Uue-Poltsamaa_vallakohus, lk 69
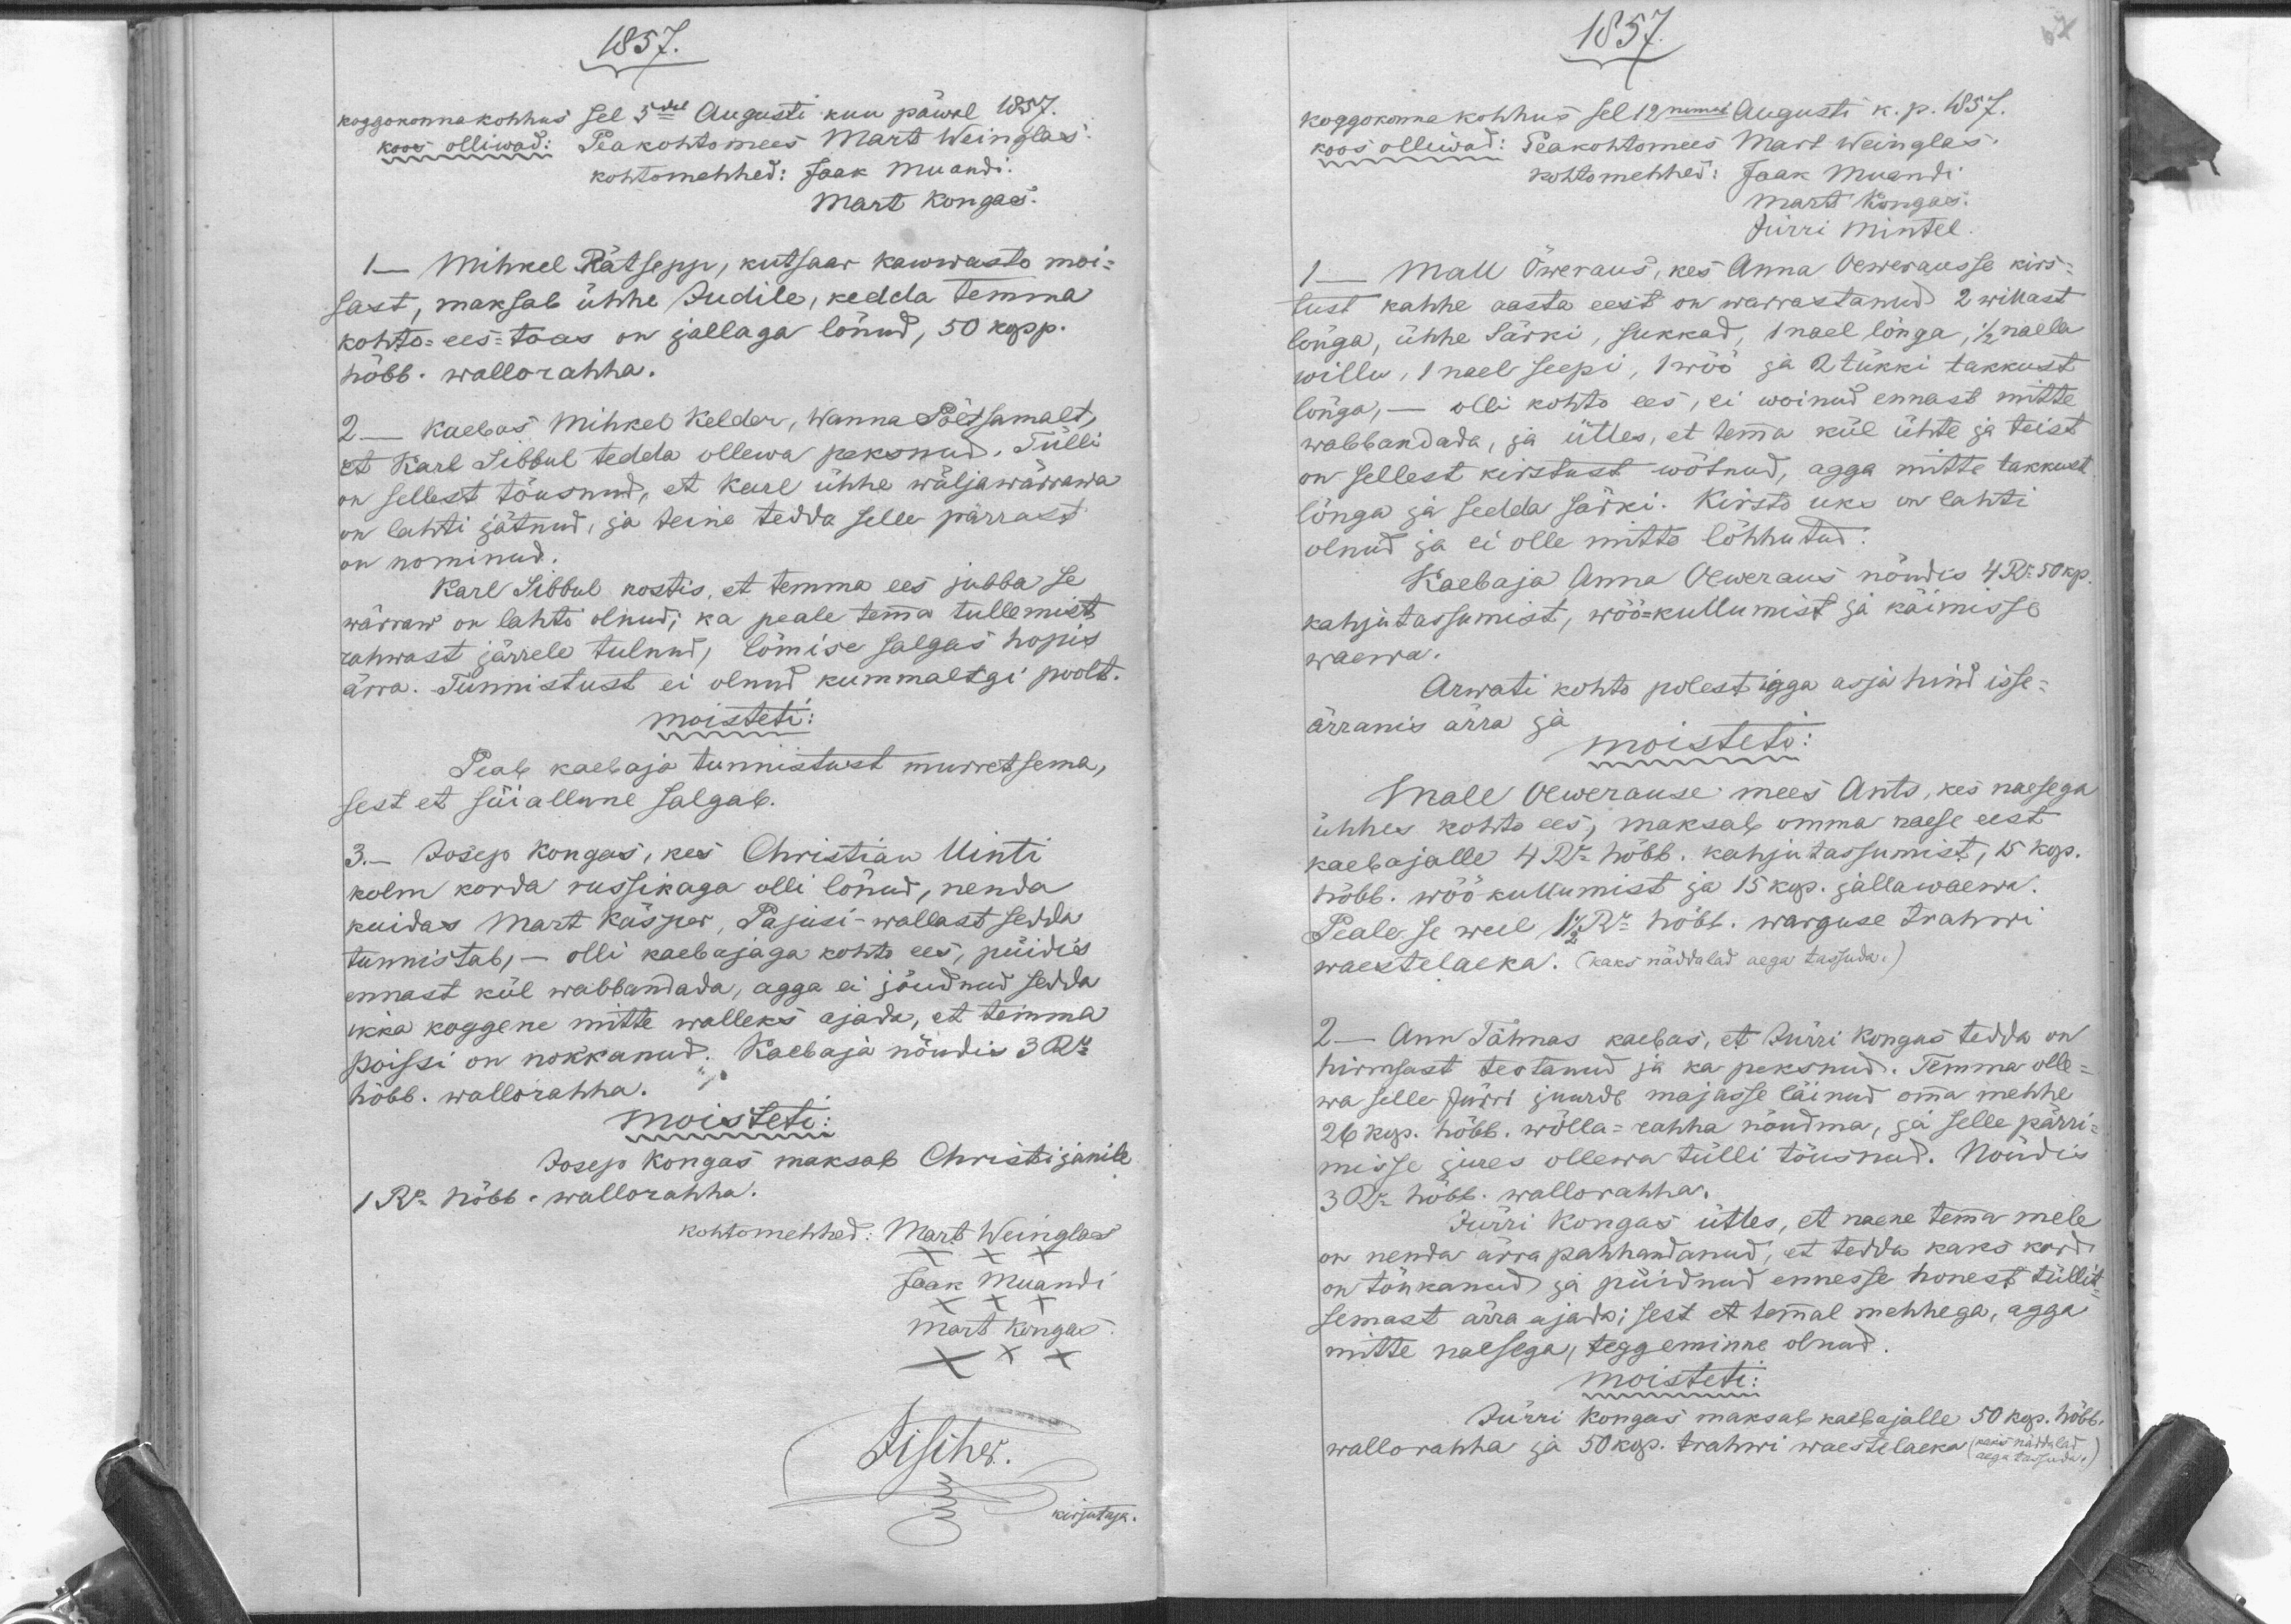
1857.
Koggokonnakohhus sel 3dal Augusti kuu päwal 1857.
koos olliwad: peakohtomees Mart Weinglas
kohtomehhed: Jaak Muandi.
Mart Kongas.
1 - Mihkel Rätsepp, kutsaar Kawwasto moi-
sast, maksab ühhe Judile, kedda temma
kohto-ees-toas on jallaga lönud, 50 kopp.
hõbb. wallorahha.
2 - Kaebas Mihhel Kelder, Wanna Põltsamalt,
et Karl Sibbul tedda ollewa peksnud. Tülli
on sellest tõusnud, et Karl ühhe wäljawärrawa
on lahti jätnud, ja teine tedda selle pärrast
on nominud.
Karl Sibbul kostis, et temma ees jubba se
wärraw on lahti olnud; ka peale temma tullemist
rahwast järrele tulnud, lömise salgas hoopis
ärra. Tunnistust ei olnud kummaltgi poolt.
moisteti:
Peab kaebaja tunnistust murretsema,
sest et süiallune salgab.
3.- Josep Kongas, kes Christian Uinti
kolm korda russikaga olli lönud, nenda
kuidas Mart Käsper, Pajusi-wallast sedda
tunnistab - olli kaebajaga kohto ees, püidis
ennast kül wabbandada, agga ei jõudnud sedda
ikka koggene mitte walleks ajada, et temma
poissi on nokkanud. Kaebaja nõudis 3 Ru
hõbb. wallorahha.
moisteti:
Josep Kongas maksab Christijanile
1 Ru hõbb. wallorahha.
kohtomehhed
Mart Weinglas
Jaak Muandi
Mart Kongas

1857.
koggokonnakohhus sel 12nemal Augusti k. p. 1857.
koos olliwad: Peakohtomees Mart Weinglas
kohtomehhed: Jaak Muandi
Mart Kongas.
Jürri Mintel
1 - Mall Öweraus, kes Anna Oewerausse kirs-
tust kahhe aasta eest on warrastanud 2 willast
lõnga, ühhe särki, sukkad, 1 nael lõnga, 1/2 naela
willu, 1 nael seepi, 1 wöö ja 2 tükki takkust
lõnga, - olli kohto ees, ei woinud ennast mitte
wabbandada, ja ütles, et temma kül ühte ja teist
on sellest kirstust wõtnud, agga mitte takkust
lõnga ja sedda särki. Kirsto uks on lahti
olnud ja ei olle mitte lõhhutud.
Kaebaja Anna Oeweraus nõudis 4Ru 50kop.
kahjutassumist, wöö-kullumist ja käimisse
waewa.
Arwati kohto polest igga asja hind isse-
ärranis ärra ja
moisteti:
Mall Oewerause mees Ants, kes naesega
ühhes kohto ees, maksab omma naese eest
kaebajalle 4 Ru hõbb. kahjutassumist, 15 kop.
hõbb. wöökullumist ja 15 kop. jallawaewa.
Peale se weel 1Ru hõbb. warguse Trahwi
waestelaeka. (kaks näddalad aega tassuda.)
2 - Ann Tähnas kaebas, et Jürri Kongas tedda on
hirmsast teotanud ja ka peksnud. Temma olle-
wa selle Jürri juurde majasse läinud omma mehhe
26 kop. hõbb. wõlla-rahha nõudma, ja selle pärri
misse jures ollewa tülli tõusnud. Nõudis
3 Ru hõbb. wallorahha.
Jürri Kongas ütles, et naene temma mele
on nenda ärra pahhandanud, et tedda kaks kord
on tõukanud ja püidnud ennesse honest tüllit-
semast ärra ajada; sest et temmal mehhega, agga
mitte naesega, teggeminne olnud.
moisteti:
Jürri Kongas maksab kaebajalle 50 kop. hõbb.
(kaks näddalat
wallo-rahha ja 50 kop. trahwi waestelaeka (aega tassumiseks)